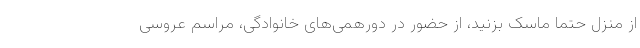
از منزل حتما ماسک بزنید، از حضور در دورهمی‌های خانوادگی، مراسم عروسی